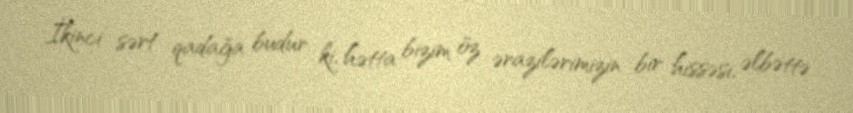
İkinci sərt qadağa budur ki, hətta bizim öz ərazilərimizin bir hissəsi, əlbəttə